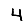
Digit: 4